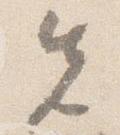
先